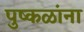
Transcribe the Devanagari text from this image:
पुष्‍कळांना